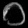
Digit: ၀